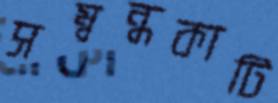
সম্বন্ধকাটি